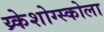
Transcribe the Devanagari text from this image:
य्र्केशोग्स्कोला